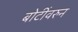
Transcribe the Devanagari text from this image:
बोटींवरुन